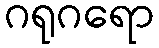
ဂရုဂရော